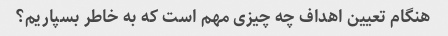
هنگام تعیین اهداف چه چیزی مهم است که به خاطر بسپاریم؟